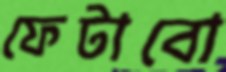
ফেটাবো